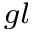
_ { g l }